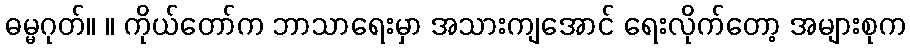
ဓမ္မဂုတ်။ ။ ကိုယ်တော်က ဘာသာရေးမှာ အသားကျအောင် ရေးလိုက်တော့ အများစုက